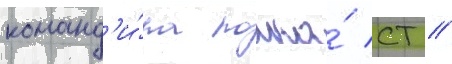
команд'и́ра полка́ ст //